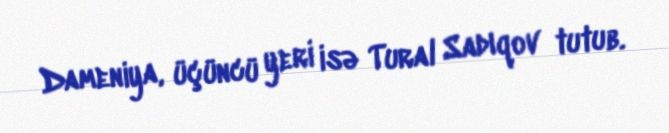
Dameniya, üçüncü yeri isə Tural Sadıqov tutub.